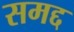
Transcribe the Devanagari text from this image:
समद्द